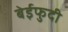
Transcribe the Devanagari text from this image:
बेईफुदी